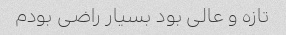
تازه و عالی بود بسیار راضی بودم